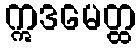
ဣဒမေတ္ထ